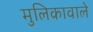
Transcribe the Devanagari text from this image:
मुलिकावाले